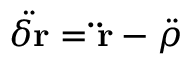
{ \ddot { \delta \mathbf { r } } } = \mathbf { \ddot { r } } - { \boldsymbol { \ddot { \rho } } }